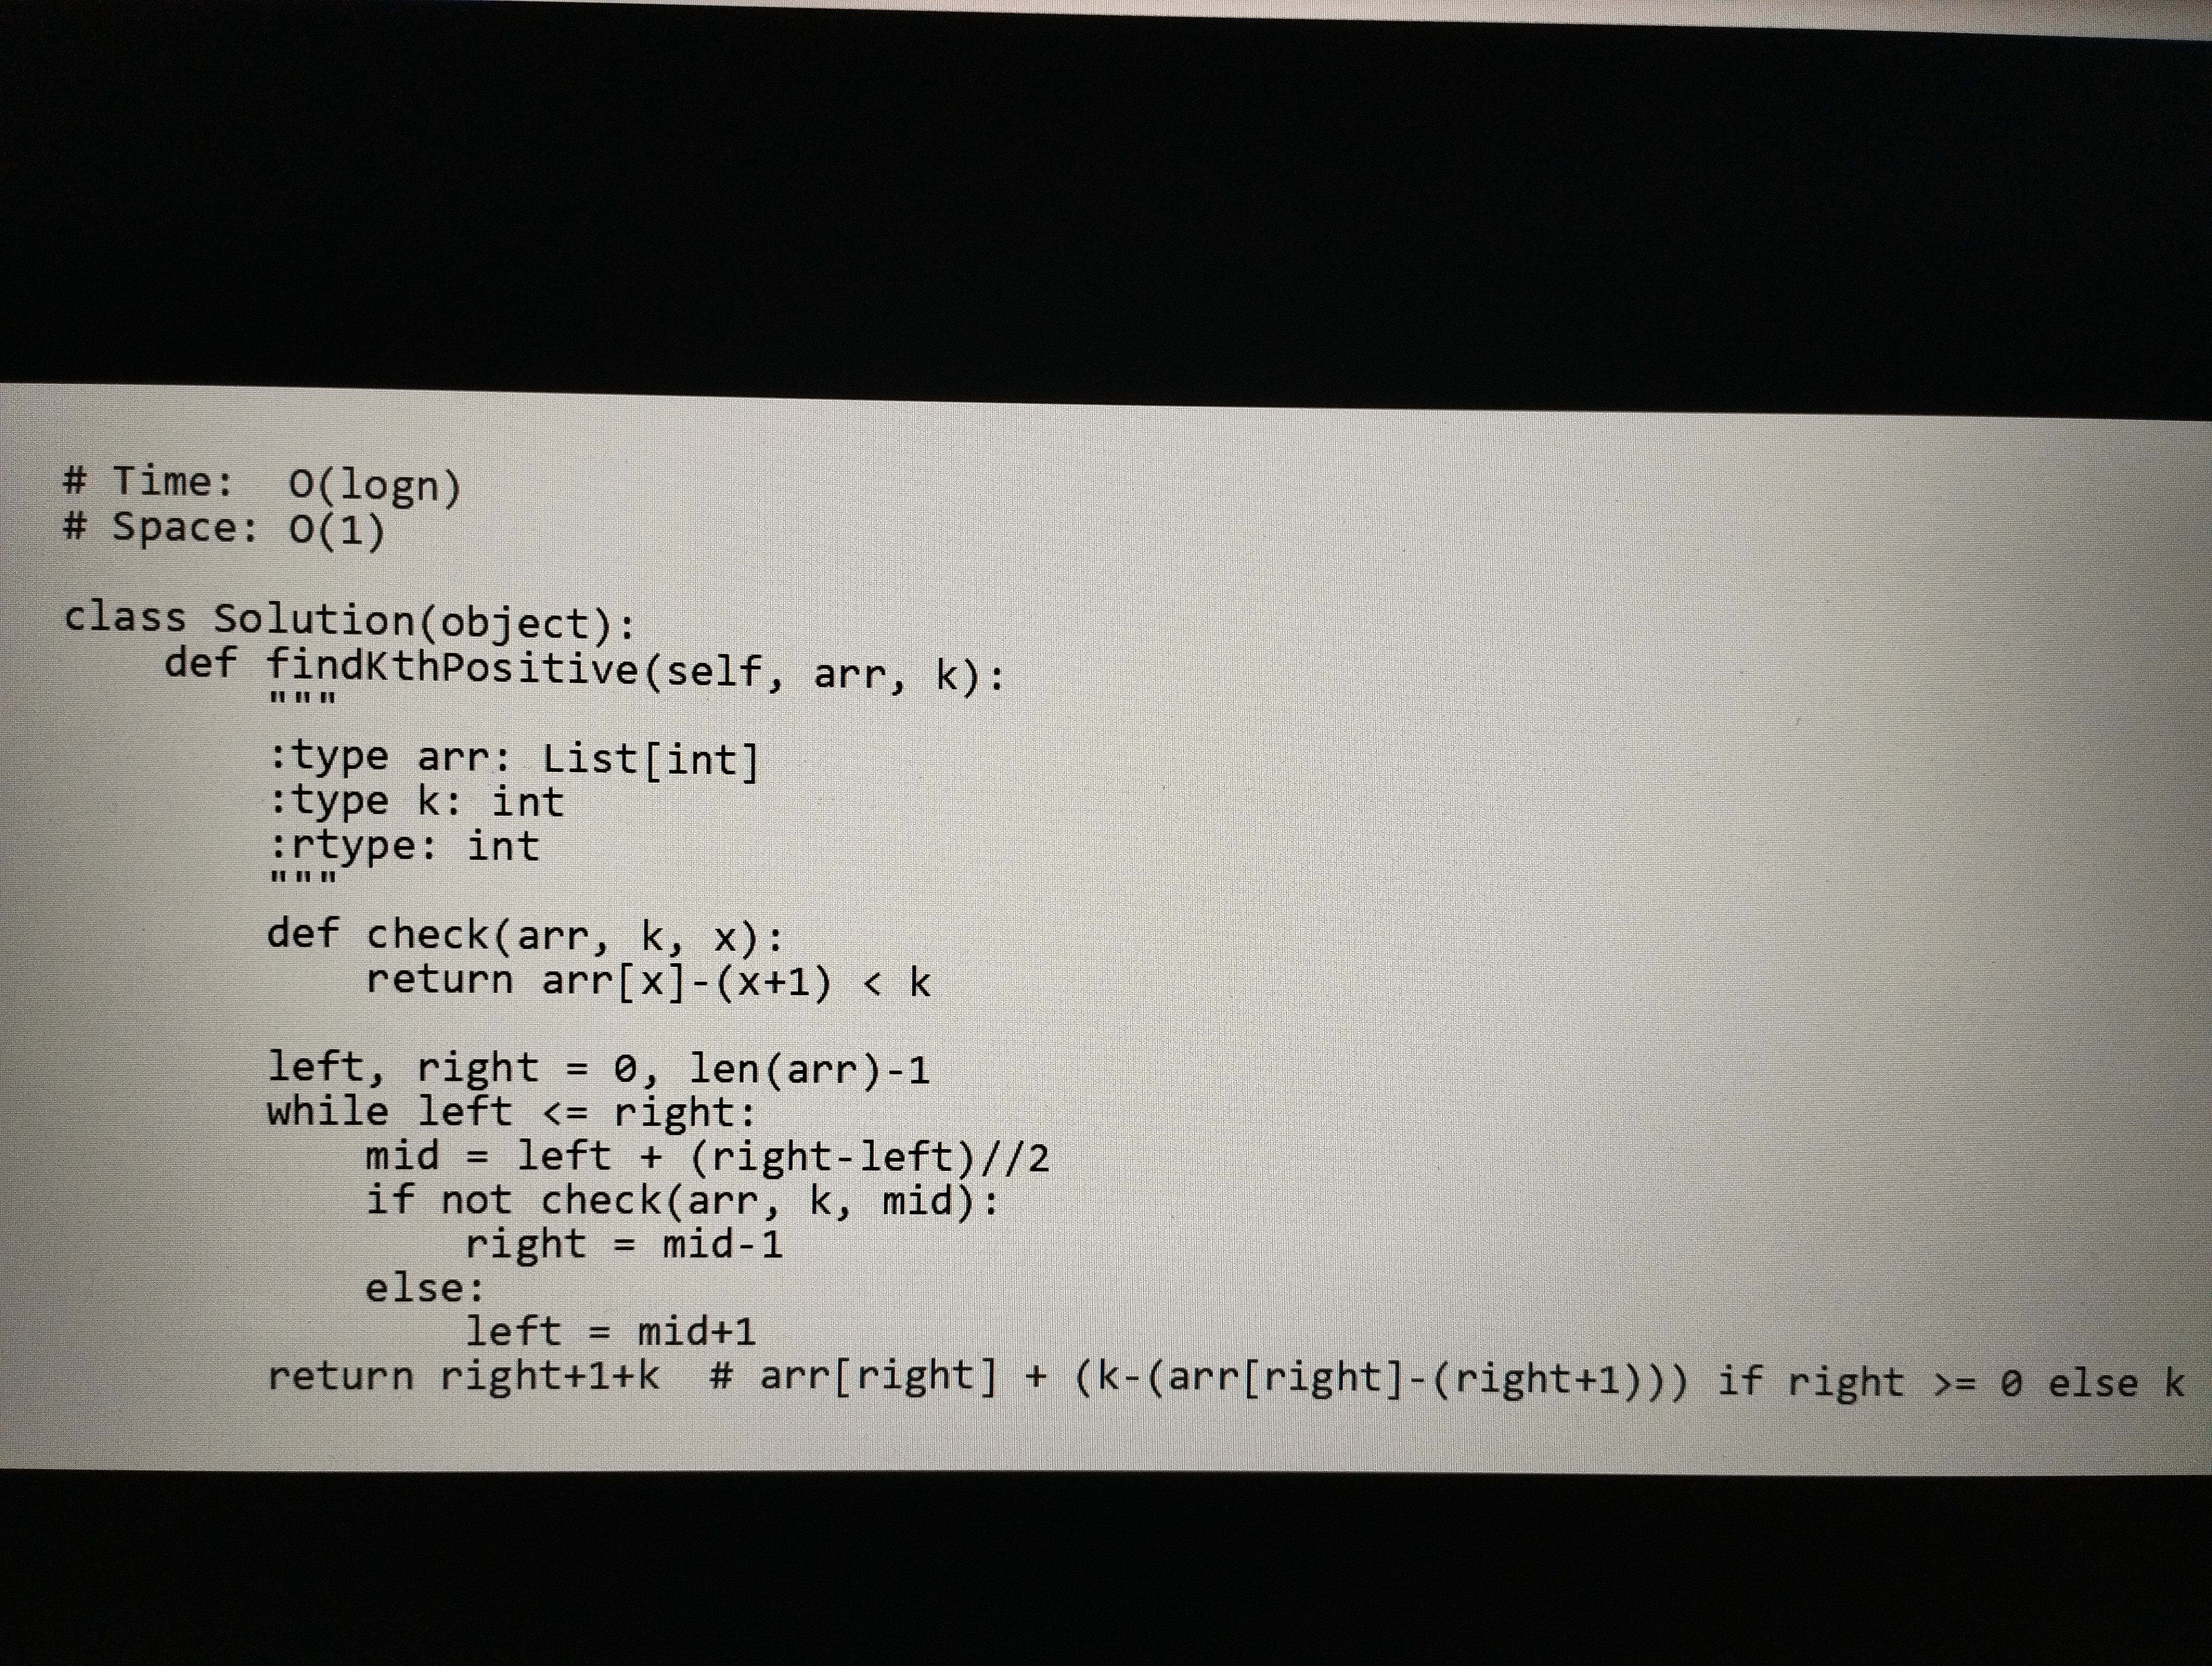
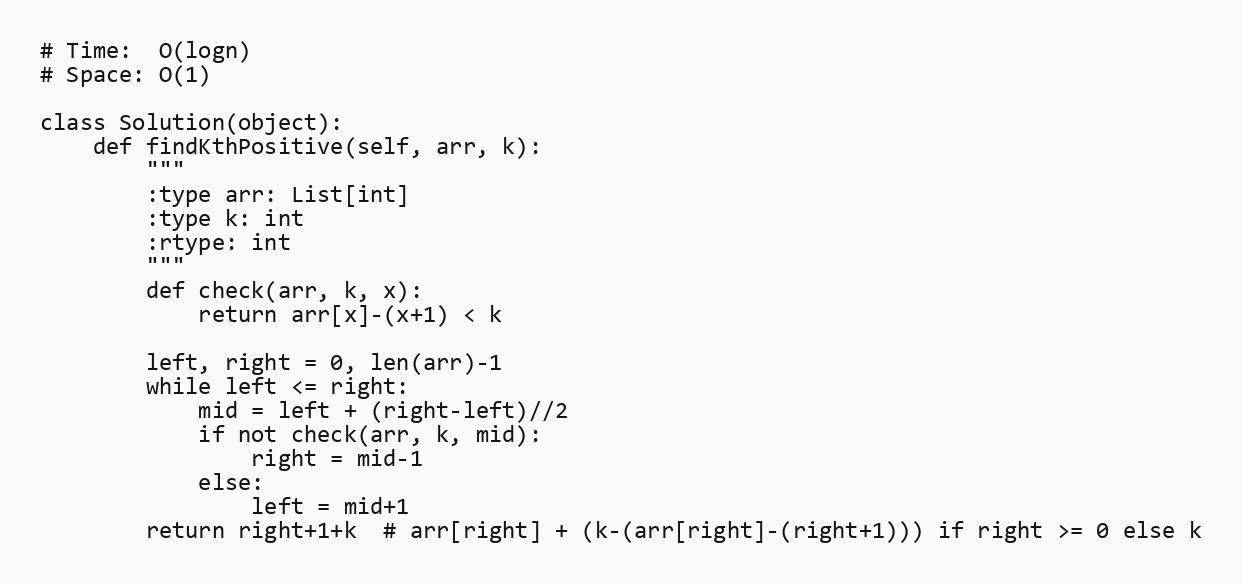
# Time:  O(logn)
# Space: O(1)

class Solution(object):
    def findKthPositive(self, arr, k):
        """
        :type arr: List[int]
        :type k: int
        :rtype: int
        """
        def check(arr, k, x):
            return arr[x]-(x+1) < k

        left, right = 0, len(arr)-1
        while left <= right:
            mid = left + (right-left)//2
            if not check(arr, k, mid):
                right = mid-1
            else:
                left = mid+1
        return right+1+k  # arr[right] + (k-(arr[right]-(right+1))) if right >= 0 else k